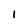
Character: l